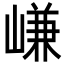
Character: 嵰